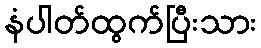
နံပါတ်ထွက်ပြီးသား